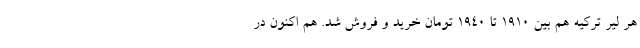
هر لیر ترکیه هم بین 1910 تا 1940 تومان خرید و فروش شد. هم اکنون در